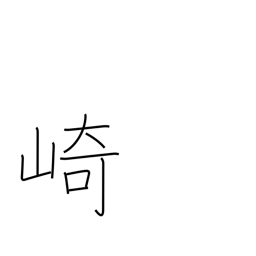
Meaning: promontory